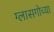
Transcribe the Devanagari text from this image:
ग्लासगोच्या